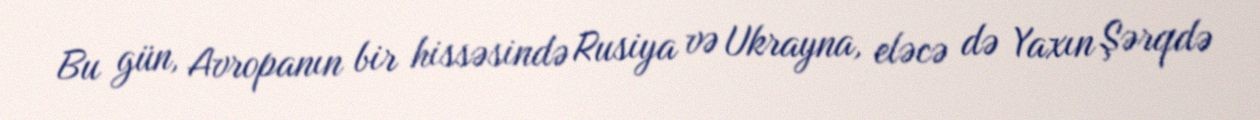
Bu gün, Avropanın bir hissəsində Rusiya və Ukrayna, eləcə də Yaxın Şərqdə